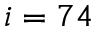
i = 7 4